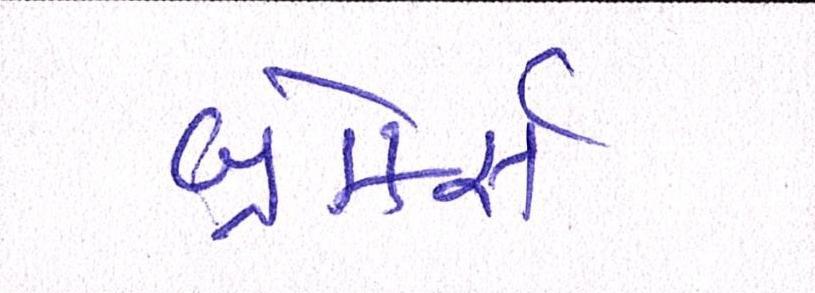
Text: બ્રોકર્સ